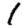
Digit: 1